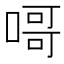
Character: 𠹭